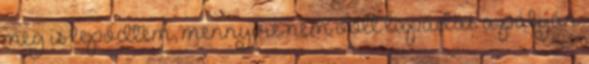
meg is lepődtem, mennyire nem volt tapadás a pályán